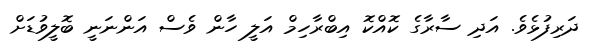
ދަރިފުޅެވެ. އަދި ސާރާގެ ކޮއްކޮ އިބްރާހިމް އަލީ ހާން ވެސް އަންނަނީ ބޮލީވުޑަށް